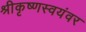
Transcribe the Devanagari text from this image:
श्रीकृष्णस्वयंवर